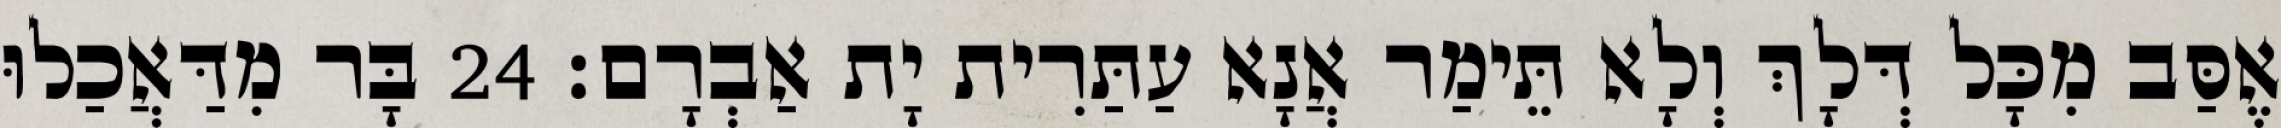
אֶסַּב מִכָּל דְּלָךְ וְלָא תֵּימַר אֲנָא עַתַּרִית יָת אַבְרָם׃ 24 בָּר מִדַּאֲכַלוּ